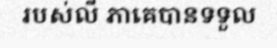
របស់លី ភាគេបានទទួល